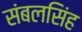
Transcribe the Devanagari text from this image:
संबलसिंह